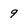
Character: 9